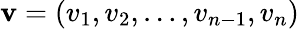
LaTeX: \mathbf{v}=(v_{1},v_{2},\dots,v_{n-1},v_{n})